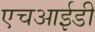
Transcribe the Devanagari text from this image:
एचआईडी